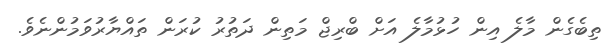
ތިބެގެން މާލެ އިން ހުޅުމާލެ އަށް ބްރިޖް މަތިން ދަތުރު ކުރަން ތައްޔާރުވަމުންނެވެ.